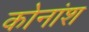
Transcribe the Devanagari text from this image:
कोनांश